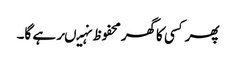
پھرکسی کاگھرمحفوظ نہیںرہے گا۔